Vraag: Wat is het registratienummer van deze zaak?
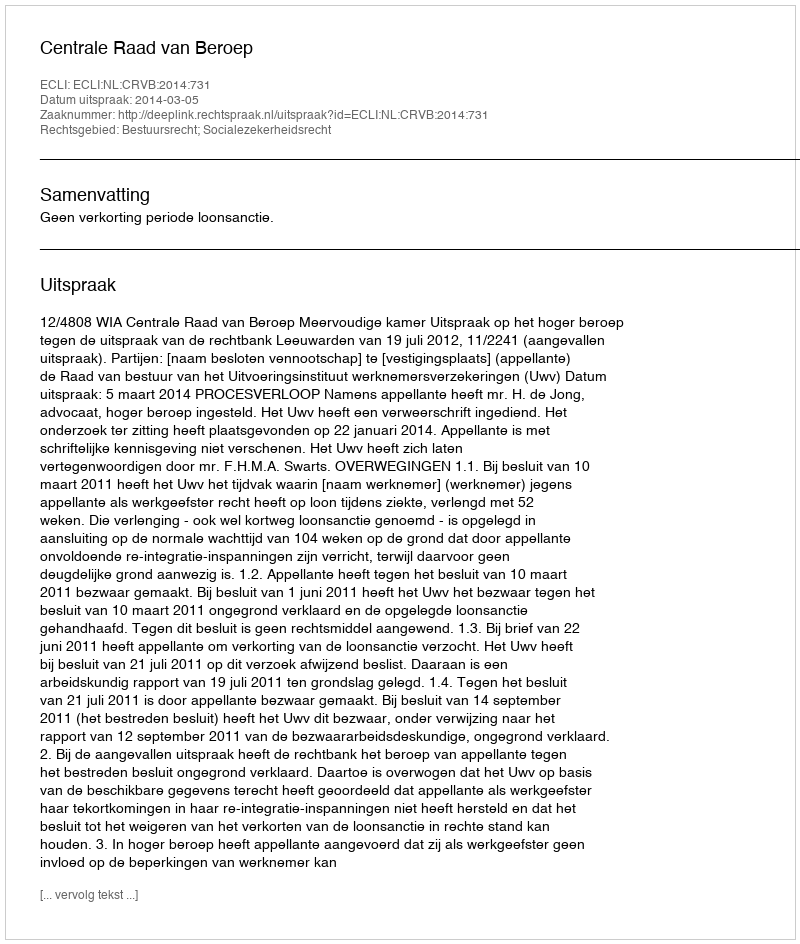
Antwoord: http://deeplink.rechtspraak.nl/uitspraak?id=ECLI:NL:CRVB:2014:731